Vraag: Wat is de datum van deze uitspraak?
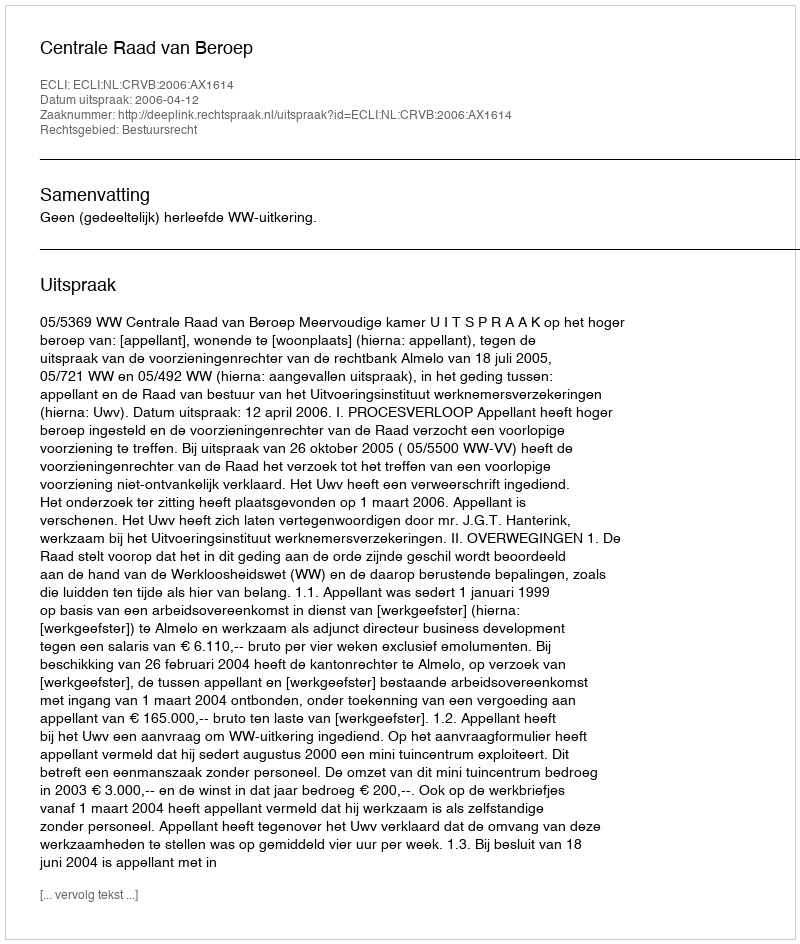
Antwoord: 2006-04-12